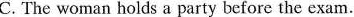
C. The woman holds a party before the exam.